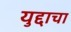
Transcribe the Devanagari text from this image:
युद्दाचा